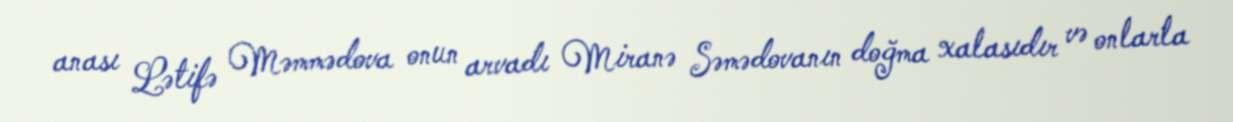
anası Lətifə Məmmədova onun arvadı Miranə Səmədovanın doğma xalasıdır və onlarla